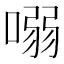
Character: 𠺁